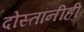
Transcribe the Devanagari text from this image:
दोस्तांनीही